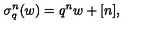
\sigma _ { q } ^ { n } ( w ) = q ^ { n } w + [ n ] ,